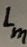
Text: Lm